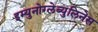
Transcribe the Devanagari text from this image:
इम्युनोग्लेब्युलिनेस